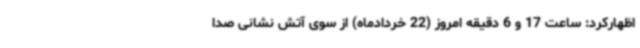
اظهارکرد: ساعت 17 و 6 دقیقه امروز (22 خردادماه) از سوی آتش نشانی صدا